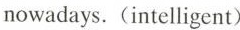
nowadays. (intelligent)